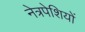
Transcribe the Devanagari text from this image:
नेत्रपेशियों